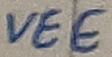
Text: VEE